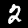
Label: 2